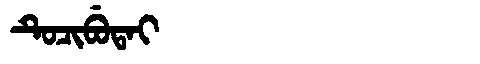
Manchu: ᡨᡠᠴᡳᠪᡠᡨᠠᡳ
Romanization: TUCIBUTAI